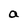
Character: a